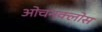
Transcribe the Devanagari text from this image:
ओचनक्लोस